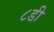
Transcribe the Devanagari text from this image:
८डी